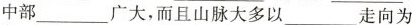
中部______广大，而且山脉大多以____ _走向为